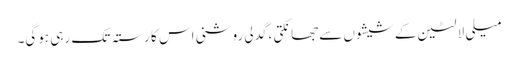
میلی لالٹین کےشیشوں سےجھانکتی ،گدلی روشنی اس کا رستہ تک رہی ہوگی۔